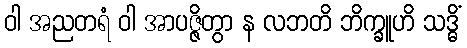
ဝါ အညတရံ ဝါ အာပဇ္ဇိတွာ န လဘတိ ဘိက္ခူဟိ သဒ္ဓိံ